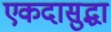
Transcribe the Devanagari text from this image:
एकदासुद्धा